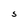
Character: S